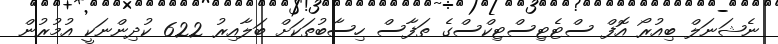
ނެޝަނަލް ބިއުރޯ އޮފް ސްޓެޓިސްޓިކްސްގެ ތަފާސް ހިސާބުތަކަށް ބަލާއިރު 622 ކުދިންނަކީ އުމުރުން